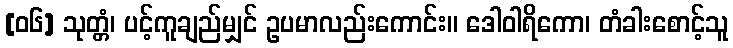
[၀၆] သုတ္တံ၊ ပင့်ကူချည်မျှင် ဥပမာလည်းကောင်း။ ဒေါဝါရိကော၊ တံခါးစောင့်သူ